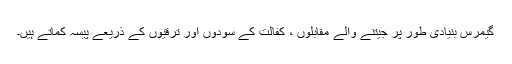
گیمرس بنیادی طور پر جیتنے والے مقابلوں ، کفالت کے سودوں اور ترقیوں کے ذریعے پیسہ کماتے ہیں۔